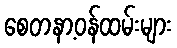
စေတနာ့ဝန်ထမ်းများ